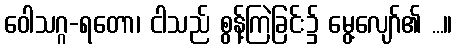
ဝေါသဂ္ဂ-ရတော၊ ငါသည် စွန့်ကြဲခြင်း၌ မွေ့လျော်၏ ...။